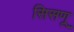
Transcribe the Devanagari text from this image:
सिसणू